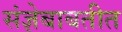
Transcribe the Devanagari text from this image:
संज्ञेबाबतीत